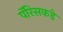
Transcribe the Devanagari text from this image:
पॅरिसकडे